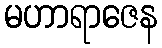
မဟာရာဇေန